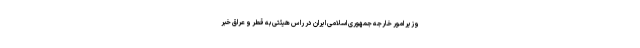
وزیر امور خارجه جمهوری اسلامی ایران در راس هیئتی به قطر و عراق خبر